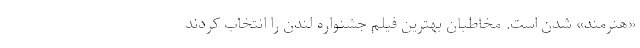
«هنرمند» شدن است. مخاطبان بهترین فیلم جشنواره لندن را انتخاب کردند